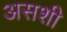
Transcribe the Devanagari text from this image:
असशी